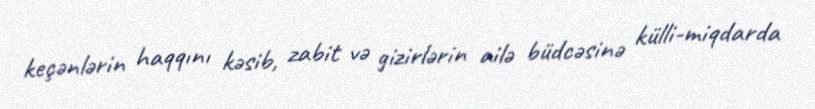
keçənlərin haqqını kəsib, zabit və gizirlərin ailə büdcəsinə külli-miqdarda